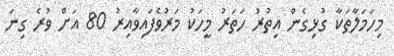
މިހަމަލާތަކާ ގުޅިގެން އިތުރު ހަތަރު މީހަކު މަރުވެފައިވާއިރު 80 އަށް ވުރެ ގިނަ